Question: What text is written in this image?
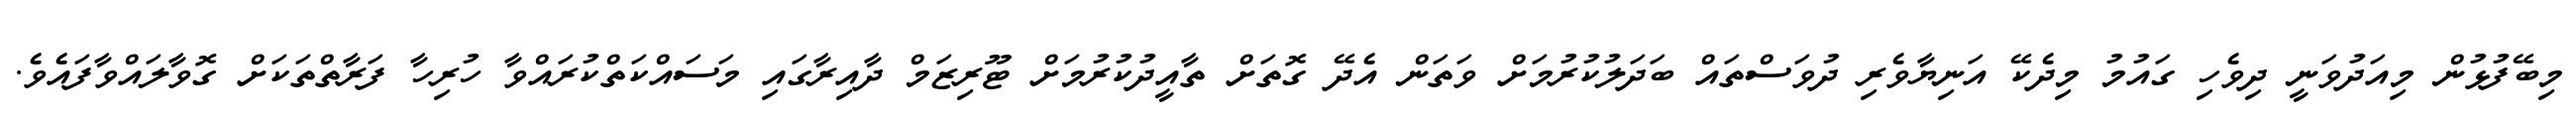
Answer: މިބޭފުޅުން މިއަދުވަނީ ދިވެހި ގައުމު މިދެކޭ އަނިޔާވެރި ދުވަސްތައް ބަދަލުކުރުމަށް ވަތަން އެދޭ ގޮތަށް ތާއީދުކުރުމަށް ޓޫރިޒަމް ދާއިރާގައި މަސައްކަތްކުރައްވާ ހުރިހާ ފަރާތްތަކަށް ގޮވާލައްވާފައެވެ.